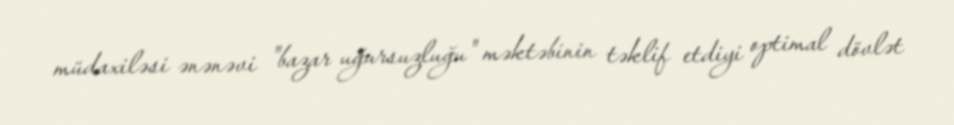
müdaxiləsi ənənəvi "bazar uğursuzluğu" məktəbinin təklif etdiyi optimal dövlət